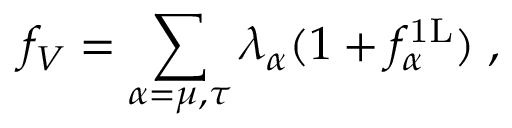
f _ { V } = \sum _ { \alpha = \mu , \tau } \lambda _ { \alpha } ( 1 + f _ { \alpha } ^ { \mathrm { 1 L } } ) \; ,